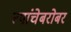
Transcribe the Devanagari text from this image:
त्यांचेबरोबर